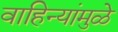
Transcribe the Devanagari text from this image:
वाहिन्यांमुळे